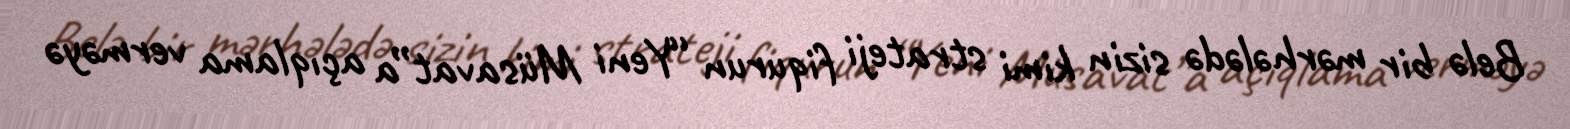
Belə bir mərhələdə sizin kimi strateji fiqurun “Yeni Müsavat”a açıqlama verməyə